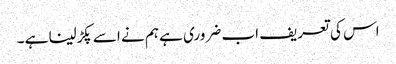
اس کی تعریف اب ضروری ہے ہم نے اسے پکڑلینا ہے ۔